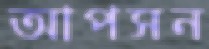
আপসন